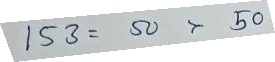
153 = 50 x 50